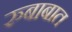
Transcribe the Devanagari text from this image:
रुबाबात